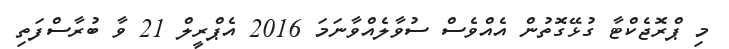
މި ޕްރޮޖެކްޓާ ގުޅޭގޮތުން އެއްވެސް ސުވާލެއްވާނަމަ 2016 އެޕްރީލް 21 ވާ ބުރާސްފަތި